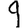
Digit: 9